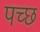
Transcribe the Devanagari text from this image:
पच्‍छ